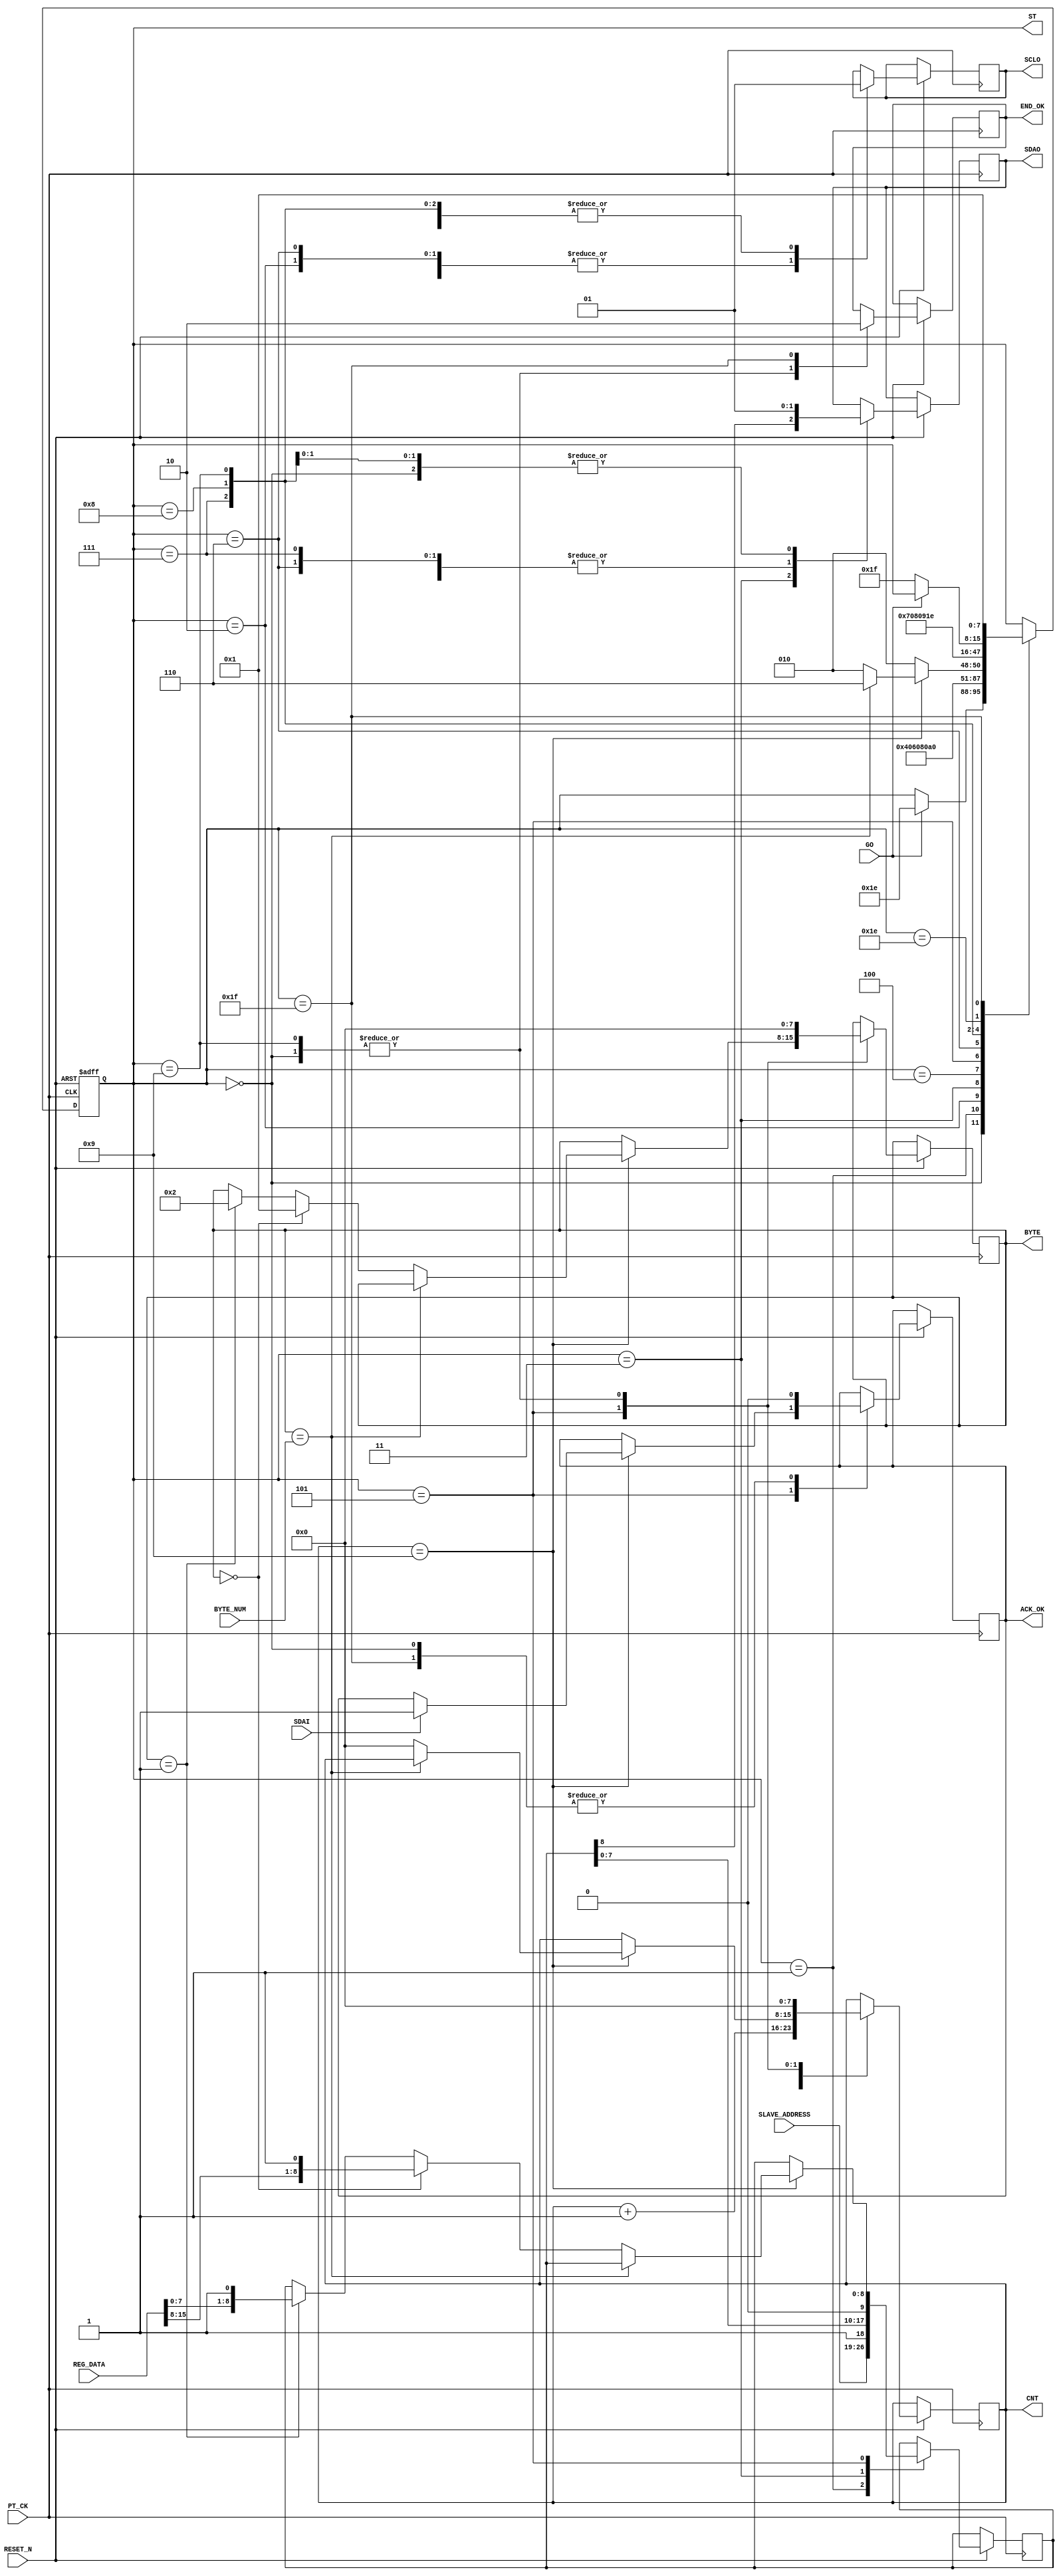
module HDMI_I2C_WRITE_WDATA  (
   input  				RESET_N ,
	input      		  	PT_CK,
	input      		  	GO,
	input      [15:0] REG_DATA,
	input      [7:0] 	SLAVE_ADDRESS,	
	input            	SDAI,
	output reg       	SDAO,
	output reg       	SCLO,
	output reg       	END_OK,
	
	//--for test 
	output reg [7:0] 	ST ,
	output reg [7:0] 	CNT,
	output reg [7:0] 	BYTE,
	output reg       	ACK_OK,
   input      [7:0]  BYTE_NUM  // 4 : 4 byte 	
);

//===reg/wire  
reg   [8:0]A ;
reg   [7:0]DELY ;

always @( negedge RESET_N or posedge  PT_CK )begin
if (!RESET_N  ) ST <=0;
else 
	  case (ST)
	    0: begin  //start 		      
		      SDAO   <=1; 
	         SCLO   <=1;
	         ACK_OK <=0;
	         CNT    <=0;
	         END_OK <=1;
	         BYTE   <=0;	
	         if (GO) ST  <=30 ; // inital 							
		    end	  
	    1: begin  //start 
		      ST <=2 ; 
			   { SDAO,  SCLO } <= 2'b01; 
				A <= {SLAVE_ADDRESS ,1'b1 };//WRITE COMMAND
		    end
	    2: begin  //start 
		      ST <=3 ; 
			   { SDAO,  SCLO } <= 2'b00; 
		    end
			 
	    3: begin  
		      ST <=4 ; 
			   { SDAO, A } <= { A ,1'b0 }; 
		    end
	    4: begin  
		      ST <=5 ; 
			   SCLO <= 1'b1 ; 
				CNT <= CNT +1 ;
		    end
			 
	    5: begin  
			   SCLO <= 1'b0 ; 
			   if (CNT==9) begin
				     if ( BYTE == BYTE_NUM )  ST <= 6 ; 
					  else  begin 
					           CNT <=0 ; 
					           ST <= 2 ;
					                if ( BYTE ==0 ) begin BYTE <=1  ; A <= {REG_DATA[15:8] ,1'b1 }; end 
					           else if ( BYTE ==1 ) begin BYTE <=2  ; A <= {REG_DATA[7:0] ,1'b1 }; end 
							  end
					  if (SDAI ) ACK_OK <=1 ; 
				 end
				 else ST <= 2;
		    end

	    6: begin          //stop
		      ST <=7 ; 
			   { SDAO,  SCLO } <= 2'b00; 
         end

	    7: begin          //stop
		      ST <=8 ; 
			   { SDAO,  SCLO } <= 2'b01; 
         end
	    8: begin          //stop
		      ST <=9 ; 
			   { SDAO,  SCLO } <= 2'b11; 
						
         end 
		9:	begin
		      ST     <= 30; 
				SDAO   <=1; 
	         SCLO   <=1;
	         CNT    <=0;
	         END_OK <=1;
	         BYTE   <=0;
		     end
		//--- END ---
		   30: begin
            if (!GO) ST  <=31;
          end			
		   31: begin  //
		      END_OK<=0;
				ACK_OK<=0;
				ST    <=1;	
			end	
	  endcase 
 end
 
endmodule